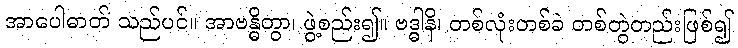
အာပေါဓာတ် သည်ပင်။ အာဗန္ဓိတွာ၊ ဖွဲ့စည်း၍။ ဗဒ္ဓါနိ၊ တစ်လုံးတစ်ခဲ တစ်တွဲတည်းဖြစ်၍